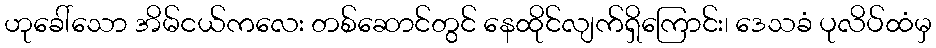
ဟုခေါ်သော အိမ်ငယ်ကလေး တစ်ဆောင်တွင် နေထိုင်လျက်ရှိကြောင်း၊ ဒေသခံ ပုလိပ်ထံမှ